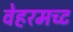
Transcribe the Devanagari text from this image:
वेहरमच्ट